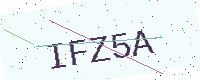
Text: IFZ5A